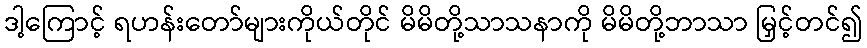
ဒါ့ကြောင့် ရဟန်းတော်များကိုယ်တိုင် မိမိတို့သာသနာကို မိမိတို့ဘာသာ မြှင့်တင်၍